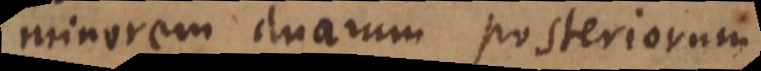
minorem duarum posteriorum.